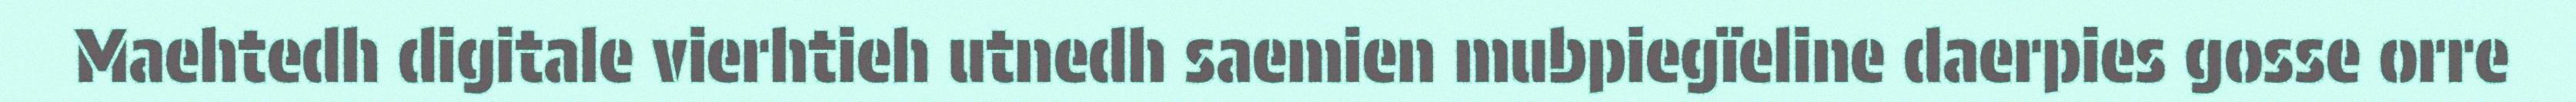
Maehtedh digitale vierhtieh utnedh saemien mubpiegïeline daerpies gosse orre